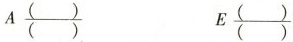
A\frac{()}{()} E\frac{()}{()}